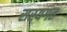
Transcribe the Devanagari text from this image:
सस्यगत